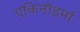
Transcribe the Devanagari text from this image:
एकिनोडर्मा